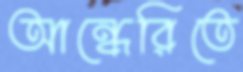
আন্ধেরিতে